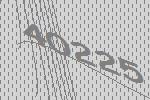
40225